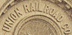
UNION RAILROAD CO.